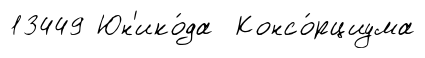
13449 Юн'ико́да Консо́рциума